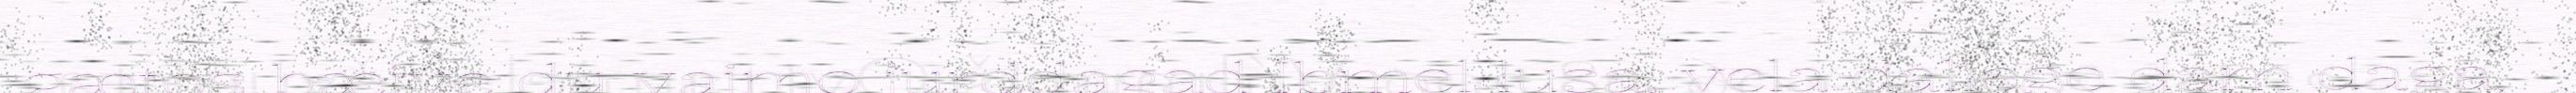
gætos bæive du vaimo jurddagad Ibmel lusa, vela dallege dam daga,